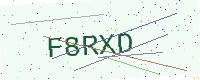
Text: F8RXD